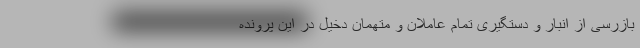
بازرسی از انبار و دستگیری تمام عاملان و متهمان دخیل در این پرونده